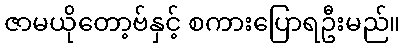
ဇာမယိုတော့ဗ်နှင့် စကားပြောရဦးမည်။